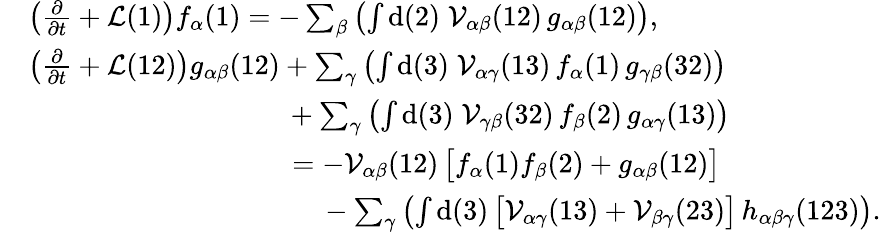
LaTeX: \begin{array}{rl}&{\left(\frac{\partial}{\partial t}+\mathcal{L}(1)\right)f_{\alpha}(1)=-\sum_{\beta}\left(\int\mathrm{d}(2)\; \mathcal{V}_{\alpha\beta}(12)\, g_{\alpha\beta}(12)\right),}\\ &{\left(\frac{\partial}{\partial t}+\mathcal{L}(12)\right)g_{\alpha\beta}(12)+\sum_{\gamma}\left(\int\mathrm{d}(3)\; \mathcal{V}_{\alpha\gamma}(13)\, f_{\alpha}(1)\, g_{\gamma\beta}(32)\right)}\\ &{\phantom{\left(\frac{\partial}{\partial t}+\mathcal{L}(12)\right)g_{\alpha\beta}(12)\, }+\sum_{\gamma}\left(\int\mathrm{d}(3)\; \mathcal{V}_{\gamma\beta}(32)\, f_{\beta}(2)\, g_{\alpha\gamma}(13)\right)}\\ &{\phantom{\left(\frac{\partial}{\partial t}+\mathcal{L}(12)\right)g_{\alpha\beta}(12)\, }=-\mathcal{V}_{\alpha\beta}(12)\, \bigl[f_{\alpha}(1)f_{\beta}(2)+g_{\alpha\beta}(12)\bigr]}\\ &{\phantom{\left(\frac{\partial}{\partial t}+\mathcal{L}(12)\right)g_{\alpha\beta}(12)\, =\, }-\sum_{\gamma}\left(\int\mathrm{d}(3)\, \bigl[\mathcal{V}_{\alpha\gamma}(13)+\mathcal{V}_{\beta\gamma}(23)\bigr]\, h_{\alpha\beta\gamma}(123)\right).}\end{array}